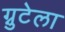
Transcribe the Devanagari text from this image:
ग्नुटेला